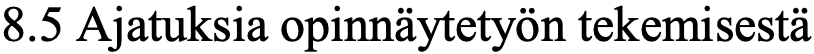
8.5 Ajatuksia opinnäytetyön tekemisestä